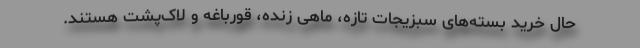
حال خرید بسته‌های سبزیجات تازه، ماهی زنده، قورباغه و لاک‌پشت هستند.